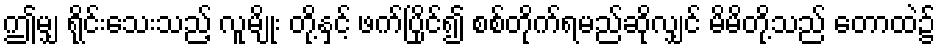
ဤမျှ ရိုင်းသေးသည့် လူမျိုး တို့နှင့် ဖက်ပြိုင်၍ စစ်တိုက်ရမည်ဆိုလျှင် မိမိတို့သည် တောထဲ၌